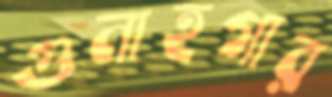
গুনাহগার